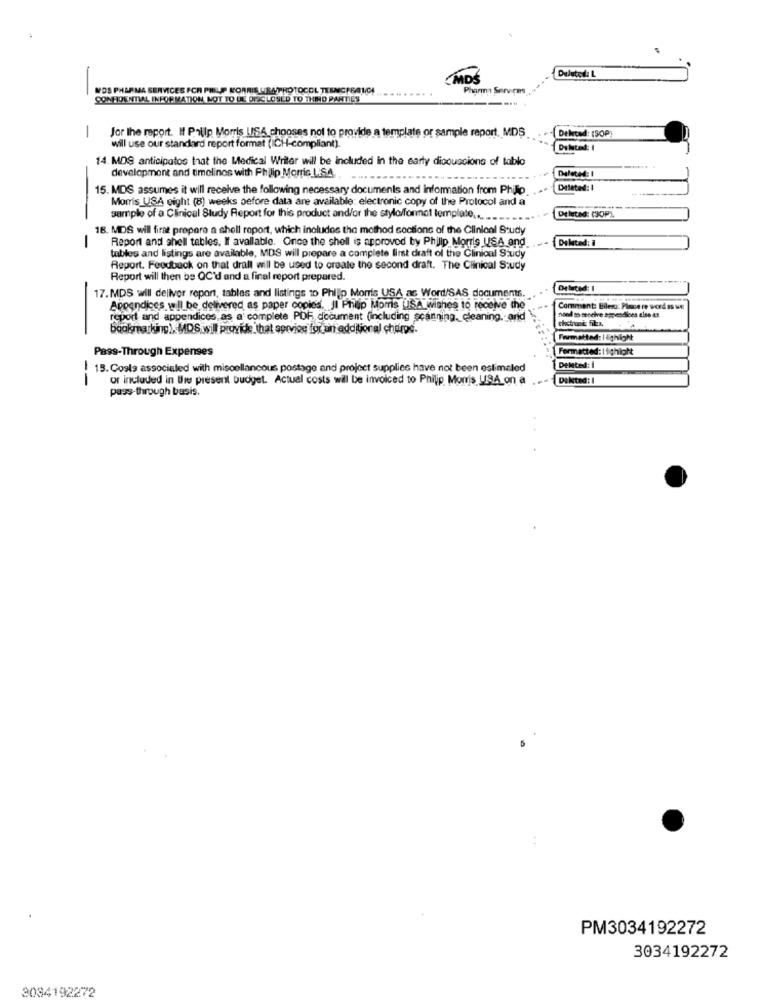
MDŚ
Deleted: L
NOS PHARMA SERVICES FOR PHILIP MORRIS USAPROTOCOL TESNCFE@ICI
Pharma Services
CONFIDENTIAL INFO MATION, NOT TO BE OFCLOSED TO THINO PANTIES
----
-
Deleted: [SOP)
Jor the report. If Prilp Morris LISA chooses not to provide a template or sample report. MDS
will use our standard report format (ICH-compliant).
14. MOS anticipatos that the Medical Writer will be included in the early dicouscions of tablo
development and timelines with Philip Morris LiS.A.
15. MDS assumes it will receive the following necessary documents and information from Philip
Deleted: I
Morris USA eight (8) weeks before data are available: electronic copy of the Protocol and a
Deleted: (90P)
sample of a Clinical Study Report for this product and/or the stylo/format template .....
18. MDS will first prepara a shell report, which includes the mothod soctions of the Clinical Study
Report and shell tables. If available. Once the shell is approved by Philip Morris USA and
Deleted: i
-
tables and listings are available, MDS will prepare a complete first draft of the Clinical Study
Report. Feedback on that drall will be used to create the second draft. The Clinical Study
Report will then be QC'd and a final report prepared.
Deleted: I
17.MDS wil deliver report, tables and listings to Philip Morris USA as Word/SAS documents.
Appendices willbe delivered as paper copies. ]] Philip Moms USA wishes to receive the
Comment: Ellesa: Please re word as we
report and appendices, as a complete PDF document (including scanning, cleaning. and
need to seoelve appendices else af
chetront: fills.
bookmarking). MDS will provide that aprvies for an additional charge.
Formatted: I äthight
Pass-Through Expenses
Formatted: 11thight
15. Costs associated with miscellaneous postage and project supplies have not been estimaled
Deleted: I
--
or included in the present budget. Actual costs will be invoiced to Philip Morris USA_on a
Diktad: I
pass-through basis.
PM3034192272
3034192272
3034192272